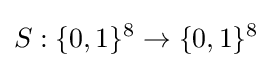
S:\{0,1\}^{8}\to \{0,1\}^{8}